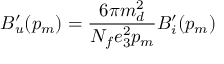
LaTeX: B _ { u } ^ { \prime } ( p _ { m } ) = \frac { 6 \pi m _ { d } ^ { 2 } } { N _ { f } e _ { 3 } ^ { 2 } p _ { m } } B _ { i } ^ { \prime } ( p _ { m } )